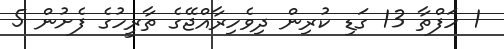
1 ހަފްތާ 13 ގަޑި ކުރިން ދިވެހިރާއްޖޭގެ ތާރީހުގެ ފެށުން 5